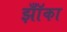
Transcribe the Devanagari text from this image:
झॉँका